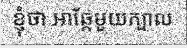
ខ្ញុំថា អាឆ្កែមួយក្បាល